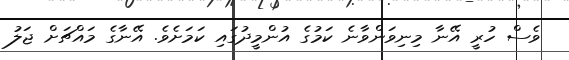
ވެސް ހުރީ އޭނާ މިނިވަންވާނެ ކަމުގެ އުންމީދުގައި ކަމަށެވެ. އޭނާގެ މައްޗަށް ޖަލު